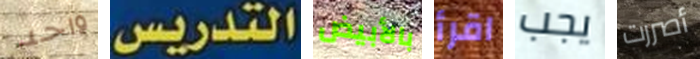
واحد التدريس بالأبيض اقرأ يجب أصررت